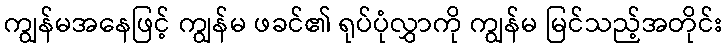
ကျွန်မအနေဖြင့် ကျွန်မ ဖခင်၏ ရုပ်ပုံလွှာကို ကျွန်မ မြင်သည့်အတိုင်း